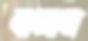
বালান